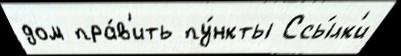
дом пра́в'ить пу́нкты Ссы́лк'и